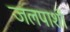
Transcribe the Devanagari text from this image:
जलपाशों